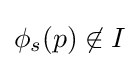
\phi _{s}(p)\not \in I